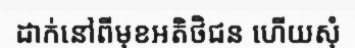
ដាក់នៅពីមុខអតិថិជន ហើយសុំ